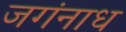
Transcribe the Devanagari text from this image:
जगंनाध